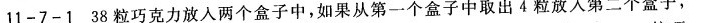
11-7-138粒巧克力放入两个盒子中，如果从第一个盒子中取出4粒放人第二个子，